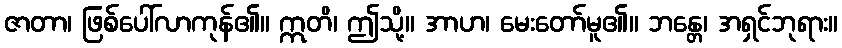
ဇာတာ၊ ဖြစ်ပေါ်လာကုန်၏။ ဣတိ၊ ဤသို့။ အာဟ၊ မေးတော်မူ၏။ ဘန္တေ၊ အရှင်ဘုရား။